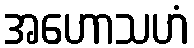
အဟောသဟံ